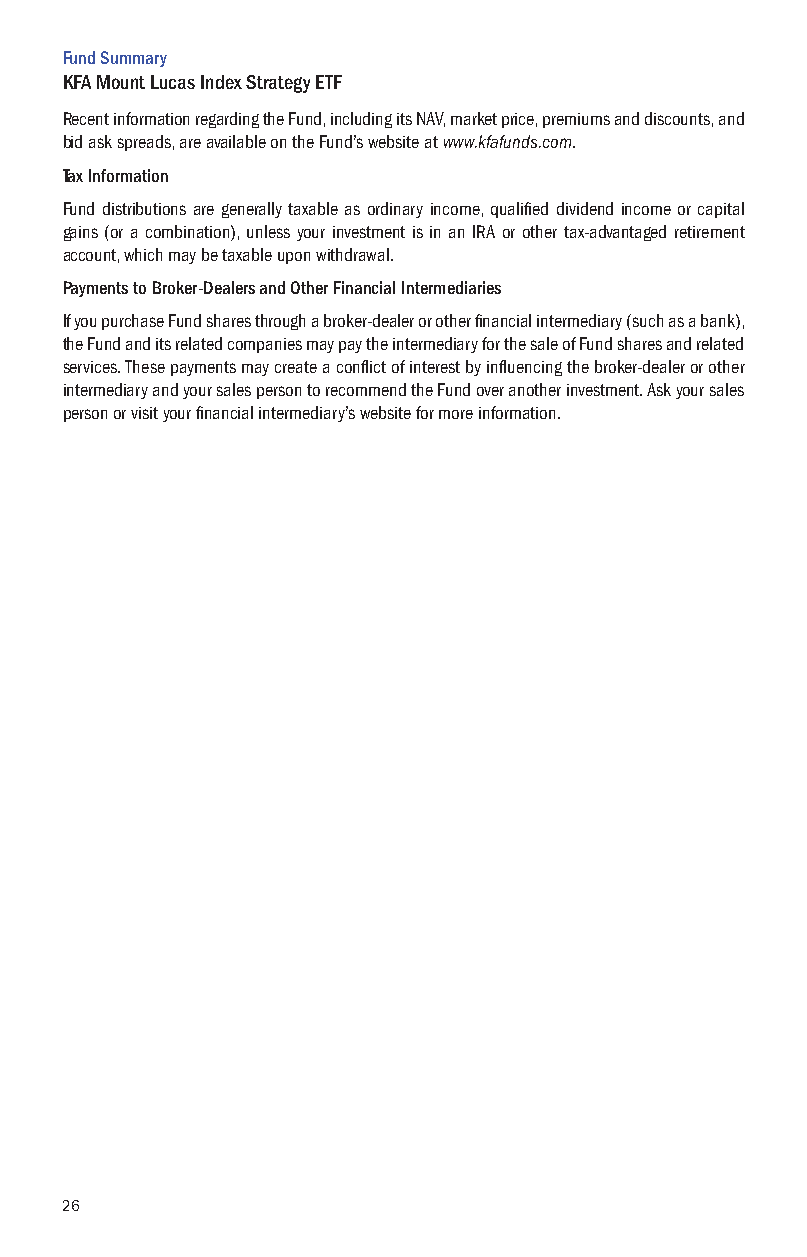
Fund Summary
 KFA Mount Lucas Index Strategy ETF
 Recent information regarding the Fund, including its NAV, market price, premiums and discounts, and
 bid ask spreads, are available on the Fund’s website at www.kfafunds.com.
 Tax Information
 Fund distributions are generally taxable as ordinary income, qualified dividend income or capital
 gains (or a combination), unless your investment is in an IRA or other tax-advantaged retirement
 account, which may be taxable upon withdrawal.
 Payments to Broker-Dealers and Other Financial Intermediaries
 If you purchase Fund shares through a broker-dealer or other financial intermediary (such as a bank),
 the Fund and its related companies may pay the intermediary for the sale of Fund shares and related
 services. These payments may create a conflict of interest by influencing the broker-dealer or other
 intermediary and your sales person to recommend the Fund over another investment. Ask your sales
 person or visit your financial intermediary’s website for more information.
 26